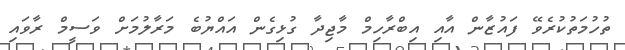
ތުހުމަތުކުރެވޭ ފައުޒާން އާއި އިބްރާހިމް މާޖިދާ ގުޅިގެން އައްޔުބެ މަރާލުމަށް ވަސީމް ރާވައި